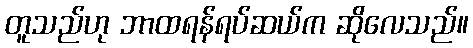
တူသည်ဟု ဘာထရန်ရပ်ဆယ်က ဆိုလေသည်။